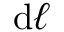
\mathrm { d } { \boldsymbol { \ell } }